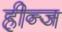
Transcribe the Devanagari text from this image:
हीन्ज